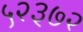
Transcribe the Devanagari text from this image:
५२३७२